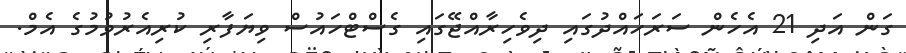
ގަން އަދި 21 އެހެން ސަރަހައްދުގައި ދިވެހިރާއްޖޭގައި ގެސްޓްހައުސް ވިޔަފާރި ކުރިއެރުވުމުގެ އެމް.